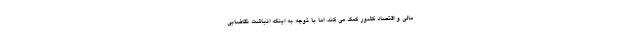
مالی و اقتصاد کشور کمک می کند. اما با توجه به اینکه انباشت تقاضایی